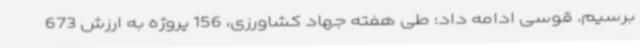
برسیم. قوسی ادامه داد: طی هفته جهاد کشاورزی، 156 پروژه به ارزش 673